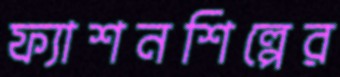
ফ্যাশনশিল্পের